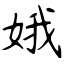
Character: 娥